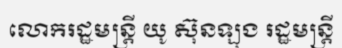
លោករដ្ឋមន្ត្រី យូ ស៊ុនឡុង រដ្ឋមន្ត្រី